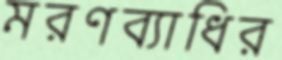
মরণব্যাধির